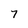
Character: 7